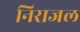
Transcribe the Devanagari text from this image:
निराजल